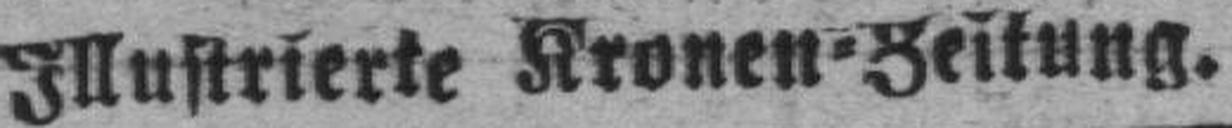
Illustrierte Kronen=Zeitung.